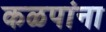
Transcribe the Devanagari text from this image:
कळपांना